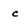
Character: c